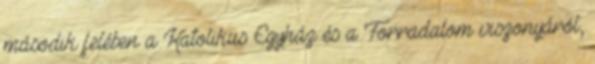
második felében a Katolikus Egyház és a Forradalom viszonyáról,